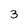
Character: 3